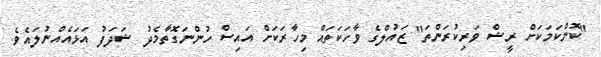
"ކޮންކަމަކަށް ރީޝް ވަރިކުރަންތަ" ޒައުލްގެ ވާހަކަތައް މިހާރަކަށް އައިސް ހުންނަގޮތާމެދު ޝަދަފު އަޅައެއްނުލައެވެ.